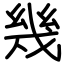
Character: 幾